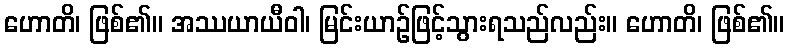
ဟောတိ၊ ဖြစ်၏။ အဿယာယီဝါ၊ မြင်းယာဉ်ဖြင့်သွားရသည်လည်း။ ဟောတိ၊ ဖြစ်၏။